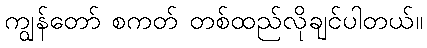
ကျွန်တော် စကတ် တစ်ထည်လိုချင်ပါတယ်။